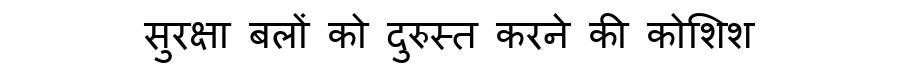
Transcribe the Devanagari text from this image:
सुरक्षा बलों को दुरुस्त करने की कोशिश